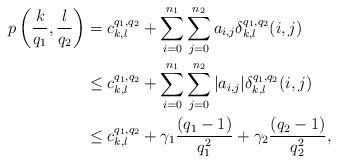
LaTeX: \begin{align*}p\left(\frac{k}{q_1}, \frac{l}{q_2} \right) &= c^{q_1, q_2}_{k, l} + \sum_{i=0}^{n_1} \sum_{j = 0}^{n_2} a_{i,j} \delta_{k,l}^{q_1, q_2}(i,j) \\& \leq c^{q_1, q_2}_{k, l} + \sum_{i=0}^{n_1} \sum_{j = 0}^{n_2} |a_{i,j}| \delta_{k,l}^{q_1, q_2}(i,j) \\& \leq c^{q_1, q_2}_{k, l} + \gamma_1 \frac{(q_1-1)}{q_1^2} + \gamma_2 \frac{(q_2-1)}{q_2^2},\end{align*}